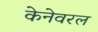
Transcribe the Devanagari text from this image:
केनेवरल